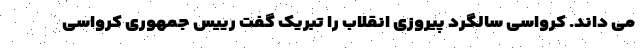
می داند. کرواسی سالگرد پیروزی انقلاب را تبریک گفت رییس جمهوری کرواسی